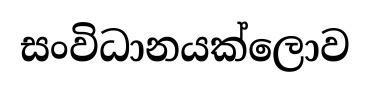
සංවිධානයක්ලොව